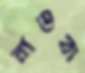
নাওবা